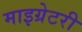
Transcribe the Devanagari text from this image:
माइग्रेटरी